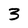
Character: 3